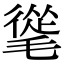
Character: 𣯨